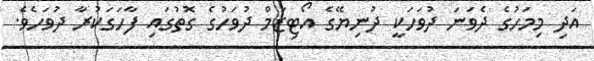
އަދި މިމަހުގެ ދެވަނަ ދުވަހަކީ ދުނިޔޭގެ އޯޓިޒަމް ދުވަހުގެ ގޮތުގައި ފާހަގަކުރާ ދުވަހެވެ.